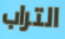
التراب